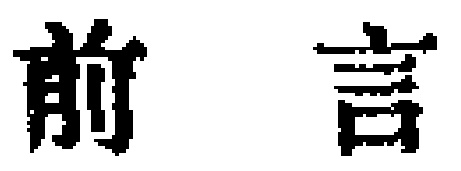
前言